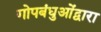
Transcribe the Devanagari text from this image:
गोपबंधुओंद्वारा